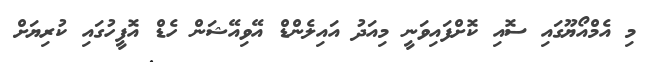
މި އެމްއޯޔޫގައި ސޮއި ކޮށްފައިވަނީ މިއަދު އައިލެންޑް އޭވިއޭޝަން ހެޑް އޮފީހުގައި ކުރިޔަށް